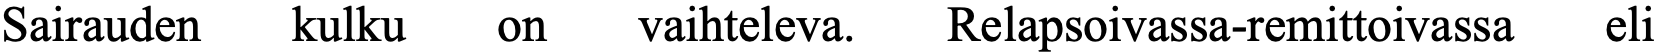
Sairauden kulku on   vaihteleva. Relapsoivassa-remittoivassa eli